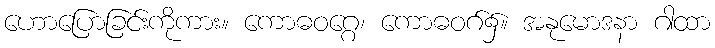
ဟောပြောခြင်းကိုကား။ ကောဓဝဂ္ဂေ၊ ကောဓဝဂ်၌။ အနုမောဒနာ ဂါထာ